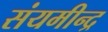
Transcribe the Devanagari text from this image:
संयमीन्द्र